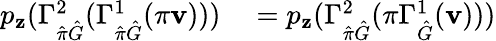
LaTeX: \begin{array}{rl}{p_{\mathbf{z}}(\Gamma_{\hat{\pi}\hat{G}}^{2}(\Gamma_{\hat{\pi}\hat{G}}^{1}(\pi\mathbf{v})))}&{{}=p_{\mathbf{z}}(\Gamma_{\hat{\pi}\hat{G}}^{2}(\pi\Gamma_{\hat{G}}^{1}(\mathbf{v})))}\end{array}